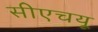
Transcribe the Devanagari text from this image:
सीएचयू